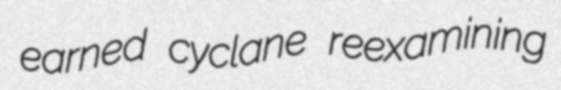
earned cyclane reexamining